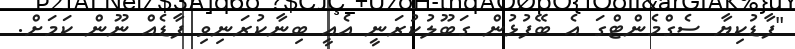
"ފާޑުކިޔާ ސެގްމެންޓްގަ އެ ބޭފުޅުން ގަބޫލުކުރަނީ އެއީ ބިނާކުރަނިވި ފާޑެއް ނޫން ކަމަށް.